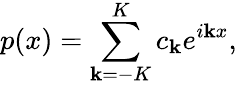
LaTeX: p(x)=\sum_{\mathbf{k}=-K}^{K}c_{\mathbf{k}}e^{i\mathbf{k}x},